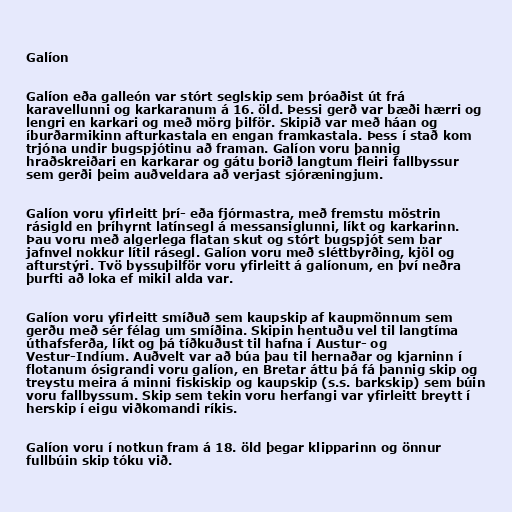
Galíon

Galíon eða galleón var stórt seglskip sem þróaðist út frá
karavellunni og karkaranum á 16. öld. Þessi gerð var bæði hærri og
lengri en karkari og með mörg þilför. Skipið var með háan og
íburðarmikinn afturkastala en engan framkastala. Þess í stað kom
trjóna undir bugspjótinu að framan. Galíon voru þannig
hraðskreiðari en karkarar og gátu borið langtum fleiri fallbyssur
sem gerði þeim auðveldara að verjast sjóræningjum.

Galíon voru yfirleitt þrí- eða fjórmastra, með fremstu möstrin
rásigld en þríhyrnt latínsegl á messansiglunni, líkt og karkarinn.
Þau voru með algerlega flatan skut og stórt bugspjót sem bar
jafnvel nokkur lítil rásegl. Galíon voru með sléttbyrðing, kjöl og
afturstýri. Tvö byssuþilför voru yfirleitt á galíonum, en því neðra
þurfti að loka ef mikil alda var.

Galíon voru yfirleitt smíðuð sem kaupskip af kaupmönnum sem
gerðu með sér félag um smíðina. Skipin hentuðu vel til langtíma
úthafsferða, líkt og þá tíðkuðust til hafna í Austur- og
Vestur-Indíum. Auðvelt var að búa þau til hernaðar og kjarninn í
flotanum ósigrandi voru galíon, en Bretar áttu þá fá þannig skip og
treystu meira á minni fiskiskip og kaupskip (s.s. barkskip) sem búin
voru fallbyssum. Skip sem tekin voru herfangi var yfirleitt breytt í
herskip í eigu viðkomandi ríkis.

Galíon voru í notkun fram á 18. öld þegar klipparinn og önnur
fullbúin skip tóku við.